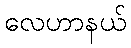
လေဟာနယ်